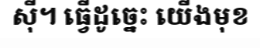
ស៊ី។ ធ្វើដូច្នេះ យើងមុខ